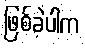
ဖြစ်ခဲ့ပါက